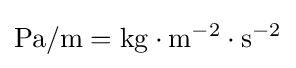
\mathrm {Pa/m=kg\cdot m^{-2}\cdot s^{-2}}